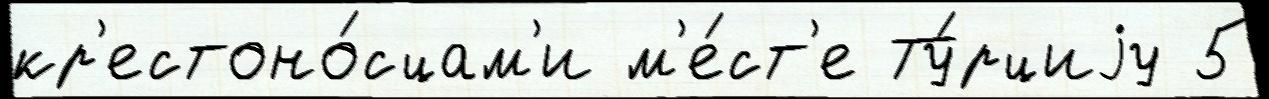
кр'естоно́сцам'и м'е́ст'е Ту́рциjу 5